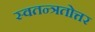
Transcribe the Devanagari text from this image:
स्वतन्त्रतोत्तर